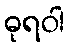
ဓုရဝါ